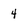
Character: 4